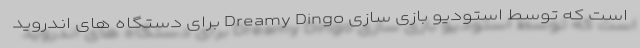
است که توسط استودیو بازی سازی Dreamy Dingo برای دستگاه های اندروید